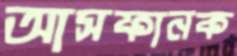
আসফানক